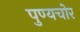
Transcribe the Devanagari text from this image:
पुण्यचोर